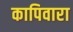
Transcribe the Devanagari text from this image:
कापिवारा